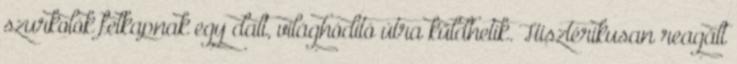
szurkolók felkapnak egy dalt, világhódító útra küldhetik. Hisztérikusan reagált